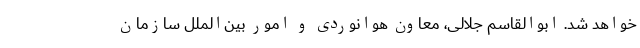
خواهد شد. ابوالقاسم جلالی، معاون هوانوردی و امور بین‌الملل سازمان